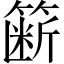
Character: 簖